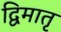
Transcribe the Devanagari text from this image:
द्विमातृ